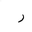
Letter: _ra